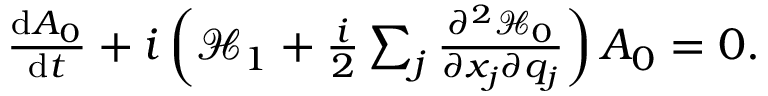
\begin{array} { r } { \frac { \mathrm { d } A _ { 0 } } { \mathrm { d } t } + i \left( \mathcal { H } _ { 1 } + \frac { i } { 2 } \sum _ { j } \frac { \partial ^ { 2 } \mathcal { H } _ { 0 } } { \partial x _ { j } \partial q _ { j } } \right) A _ { 0 } = 0 . } \end{array}